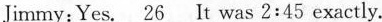
Jimmy:Yes.\underline{26} It was 2:45 exactly.